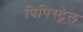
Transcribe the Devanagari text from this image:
पिपिस्ट्रेल